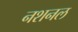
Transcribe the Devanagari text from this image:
नशनल